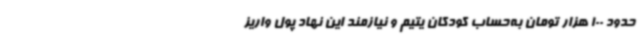
حدود 100 هزار تومان به‌حساب کودکان یتیم و نیازمند این نهاد پول واریز